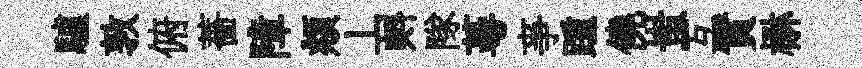
驢敦俯薔障頫丄㪺隊蕚亊踵僥蚩互實楙